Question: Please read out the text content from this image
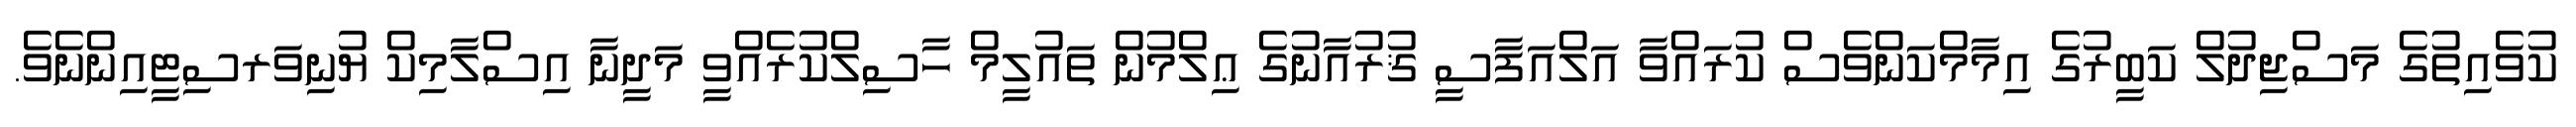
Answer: ކުވެއިތުގެ މަސްޖިދުލް ކަބީރުގެ އިމާމްކަންވެސް ކުރައްވާ އަލްއަފާސީ ޤުރުއާނުގެ ޢިލްމުން ތައުލީމް ހާސިލްކުރެއްވީ މަދީނާ އިސްލާމިކް ޔުނިވަރސިޓީއިންނެވެ.